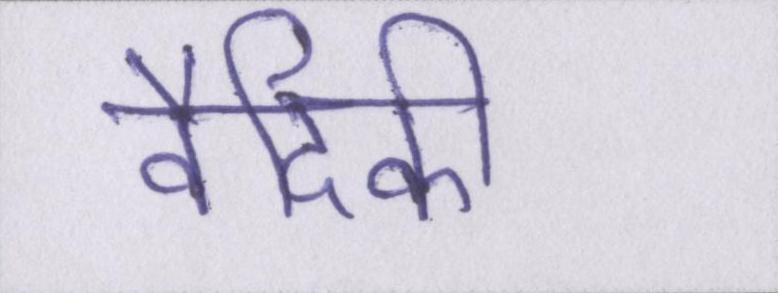
वैदिकी